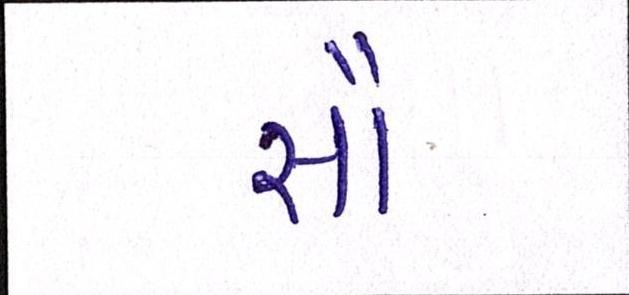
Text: સૌ